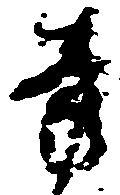
旁